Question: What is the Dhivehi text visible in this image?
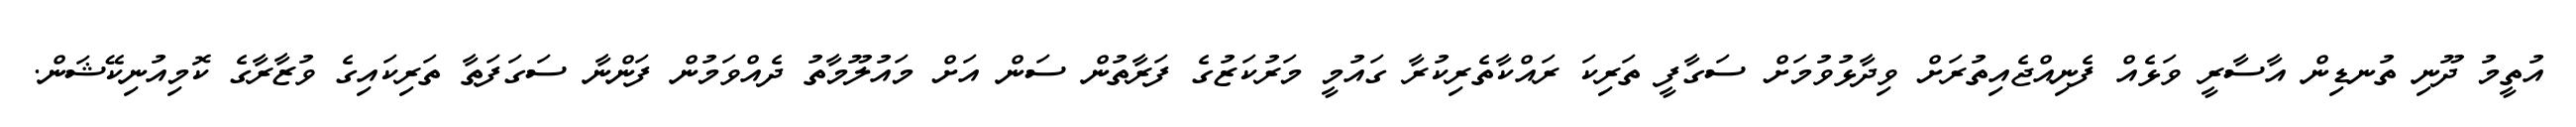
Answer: އުތީމު ދޫނި ތުނޑިން އާސާރީ ވަޅެއް ފެނިއްޖެއިތުރަށް ވިދާޅުވުމަށް ސަގާފީ ތަރިކަ ރައްކާތެރިކުރާ ގައުމީ މަރުކަޒުގެ ފަރާތުން ސަން އަށް މައުލޫމާތު ދެއްވަމުން ފަންނާ ސަގަފަތާ ތަރިކައިގެ ވުޒާރާގެ ކޮމިއުނިކޭޝަން.